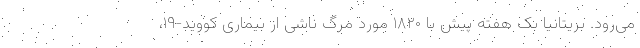
می‌رود. بریتانیا بک هفته پیش با ۱۸۲۰ مورد مرگ ناشی از بیماری کووید-۱۹،